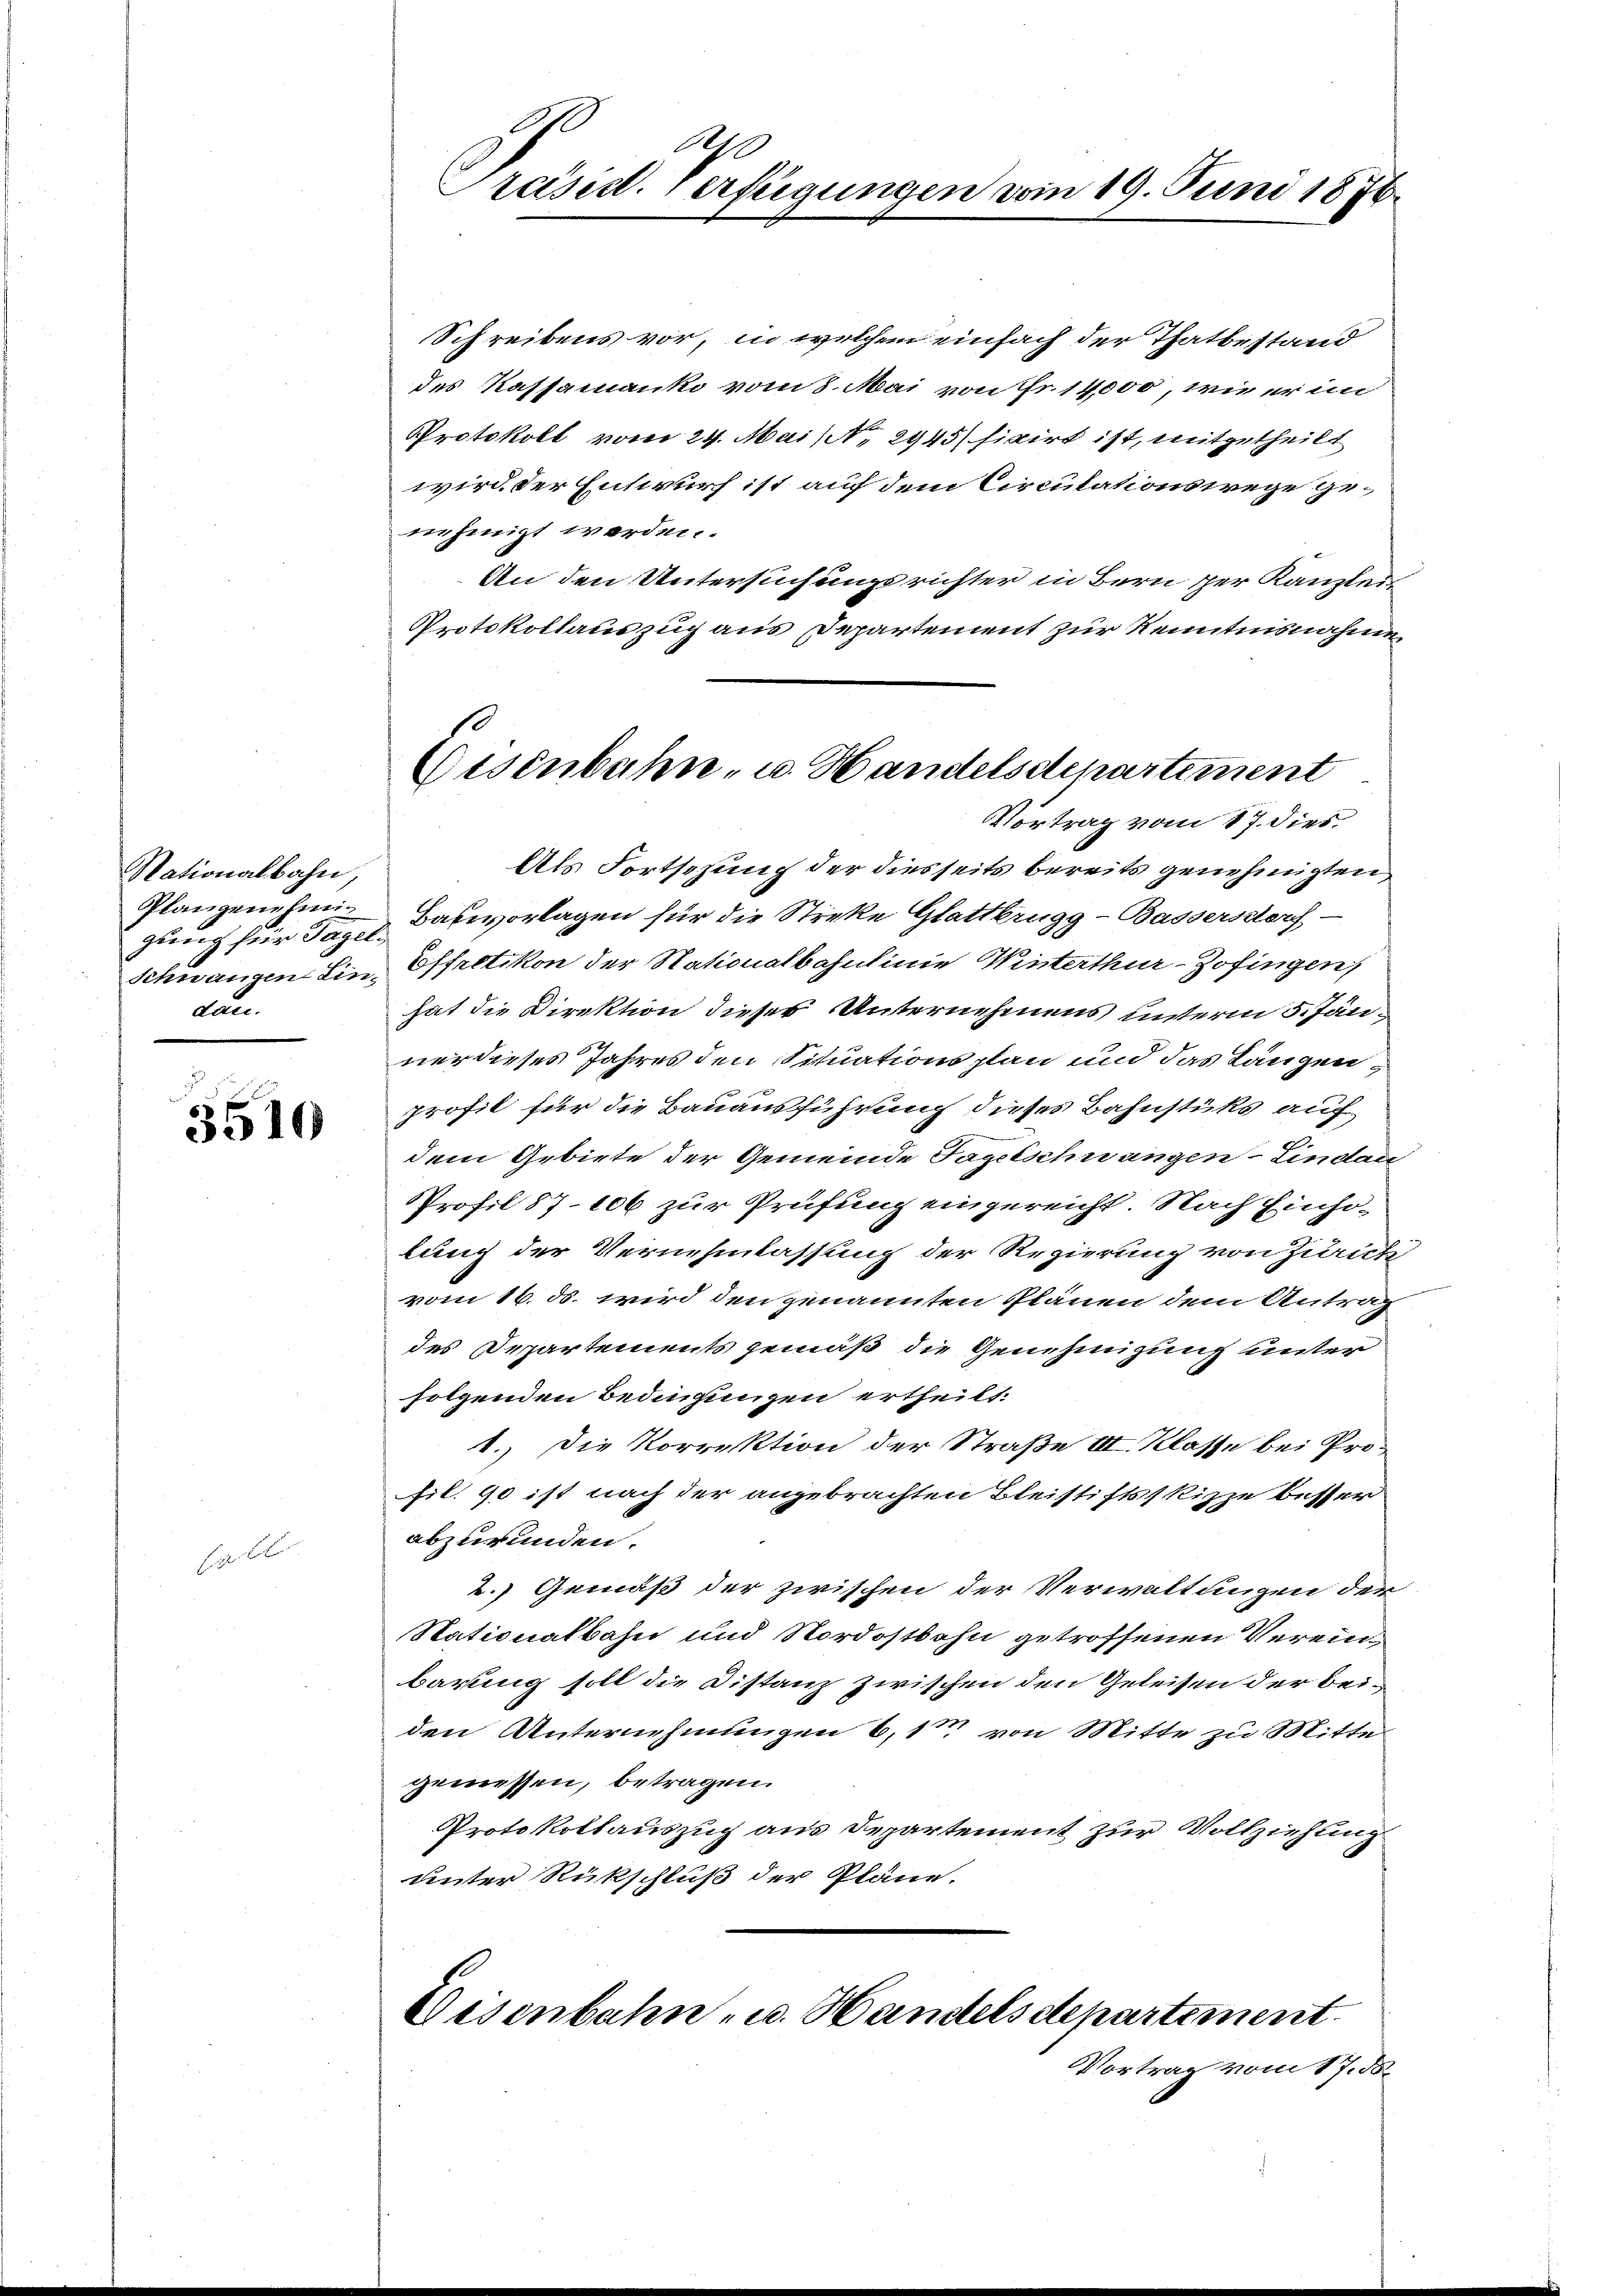
Nationalbahn,
Plangenehmiden.

3510

F. Her

240
Präsid. Verfügungen vom 19. Juni 1876.

Schreibens vor, in welchem einfach der Thatbestand
des Kassamanko vom 8. Mai von Fr. 14,000, wie er in
Protokoll vom 24. Mai No 2945) fixirt ist, mitgetheilt
wird der Entwurf ist auf dem Circulationswege genehmigt werden.
An den Untersuchungsrichter in Bern per Kanzleit
Protokollauszug aus Departement zur Kenntnisnahme
Vortrag vom 17. dies
Als Fortsezung der diesseits bereits genehmigten
gung für Tag.  Bativorlagen für die Streke Glattbrugg-Bassersdorf-
Schnangen Ein Effretikon der Nationalbahnlinie Winterthur–Zofingen,
hat die Direktion dieser Unternehmens unterm 5. Jän
ner dieses Jahres den Situationsplan und das Längen,
profil für die Bauausführung dieses Bahnstüks auf
dem Gebiete der Gemeinde Tagelschwangen-Lindau
Profil 87. 106 zur Prüfung eingereicht. Nach Einho-
lung der Vernehmlassung der Regierung von Zurick
vom 16. ds. wird den genannten Plänen dem Antrag
des Departements gemäß die Genehmigung unter
folgenden Bedingungen ertheilt.
1.) Die Korrektion der Straße II. Klasse bei Profil. 90 ist nach der angebrachten Bleistifts skizze besser
abzuwenden.
2.) Gemäß der zwischen der Verwaltungen der
Stationalbahn und Nordostbahn getroffenen Vereinbarung soll die Distanz zwischen den Geleisen der bei-
den Unternehmungen 6, 11 von Mitte zu Mitte
gemessen, betragen.
Protokollauszug aus Departement zur Vollziehung
unter Rückschluß der Pläne.

Eisenbahn, u. Handelsdepartement

Disenbahn- u. Handelsdepartement.
Vortrag vom 17. ds.